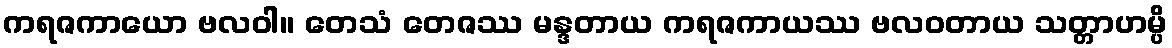
ကရဇကာယော ဗလဝါ။ တေသံ တေဇဿ မန္ဒတာယ ကရဇကာယဿ ဗလဝတာယ သတ္တာဟမ္ပိ